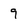
Character: 9